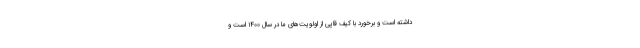
داشته است و برخورد با کیف قاپی از اولویت‌های ما در سال ۱۴۰۰ است و